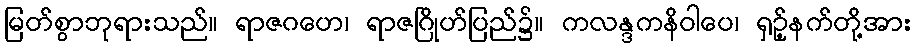
မြတ်စွာဘုရားသည်။ ရာဇဂဟေ၊ ရာဇဂြိုဟ်ပြည်၌။ ကလန္ဒကနိဝါပေ၊ ရှဉ့်နက်တို့အား